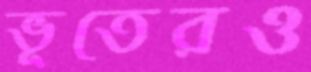
ভূতেরও